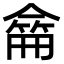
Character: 𠎚